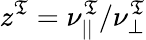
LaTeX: z^{\mathfrak{T}}=\nu_{||}^{\mathfrak{T}}/\nu_{\perp}^{\mathfrak{T}}